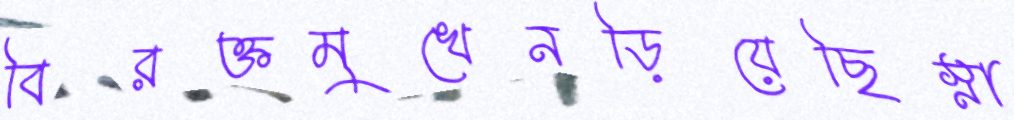
বিরক্তমুখেনড়িয়েছিস্না